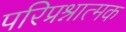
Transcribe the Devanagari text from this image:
परिप्रश्नात्मक